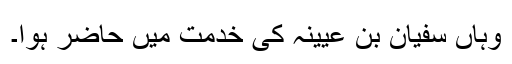
وہاں سفیان بن عیینہ کی خدمت میں حاضر ہوا۔